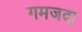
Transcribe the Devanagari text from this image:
गमजदा